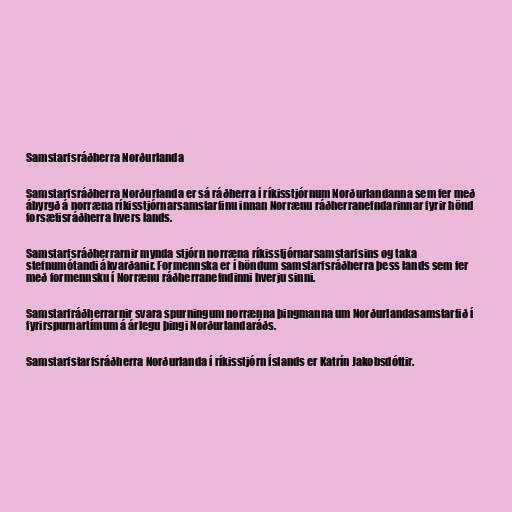
Samstarfsráðherra Norðurlanda

Samstarfsráðherra Norðurlanda er sá ráðherra í ríkisstjórnum Norðurlandanna sem fer með
ábyrgð á norræna ríkisstjórnarsamstarfinu innan Norrænu ráðherranefndarinnar fyrir hönd
forsætisráðherra hvers lands.

Samstarfsráðherrarnir mynda stjórn norræna ríkisstjórnarsamstarfsins og taka
stefnumótandi ákvarðanir. Formennska er í höndum samstarfsráðherra þess lands sem fer
með formennsku í Norrænu ráðherranefndinni hverju sinni.

Samstarfráðherrarnir svara spurningum norrænna þingmanna um Norðurlandasamstarfið í
fyrirspurnartímum á árlegu þingi Norðurlandaráðs.

Samstarfstarfsráðherra Norðurlanda í ríkisstjórn Íslands er Katrín Jakobsdóttir.